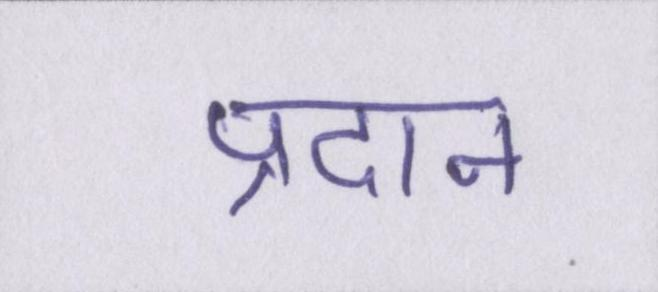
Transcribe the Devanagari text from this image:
प्रदान